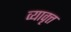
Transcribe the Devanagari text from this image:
व्यावृत्त